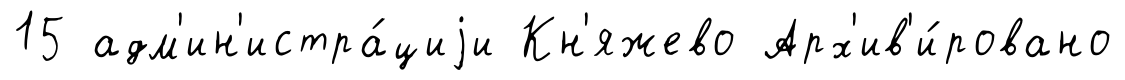
15 адм'ин'истра́циjи Кн'яжево Арх'ив'и́ровано